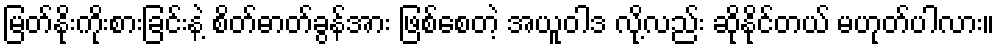
မြတ်နိုးကိုးစားခြင်းနဲ့ စိတ်ဓာတ်ခွန်အား ဖြစ်စေတဲ့ အယူဝါဒ လို့လည်း ဆိုနိုင်တယ် မဟုတ်ပါလား။